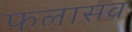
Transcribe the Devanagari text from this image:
फलासव